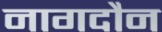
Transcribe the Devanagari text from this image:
नागदौन